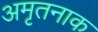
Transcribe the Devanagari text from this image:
अमृतनाक